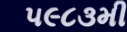
૫૯૮૩મી